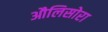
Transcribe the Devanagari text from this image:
औलिसोरा